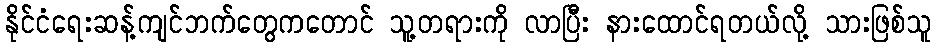
နိုင်ငံရေးဆန့်ကျင်ဘက်တွေကတောင် သူ့တရားကို လာပြီး နားထောင်ရတယ်လို့ သားဖြစ်သူ